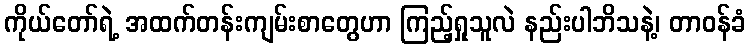
ကိုယ်တော်ရဲ့ အထက်တန်းကျမ်းစာတွေဟာ ကြည့်ရှုသူလဲ နည်းပါဘိသနဲ့၊ တာဝန်ခံ